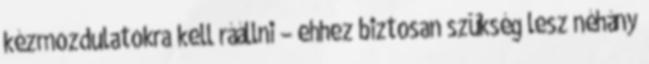
kézmozdulatokra kell ráállni – ehhez biztosan szükség lesz néhány